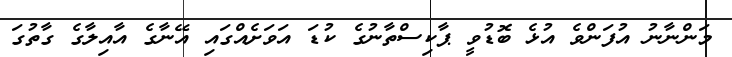
މަންނާނު އުފަންވެ އުޅެ ބޮޑުވީ ޕާކިސްތާނުގެ ކުޑަ އަވަށެއްގައި އޭނާގެ އާއިލާގެ ގާތުގަ